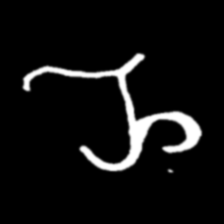
Pyu character \u2014 Myanmar letter: ည (romanized: nya)